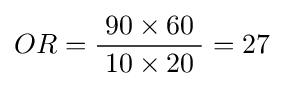
{OR}={\frac {\;90\times 60\;}{\;10\times 20\;}}=27